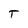
Character: T